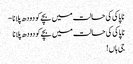
ناپاکی کی حالت میں بچےکو دودھ پلانا -
ناپاکی کی حالت میں بچےکو دودھ پلانا
جی ہاں !